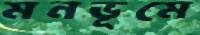
মনভূমে